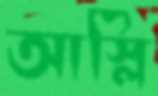
আস্‌লি